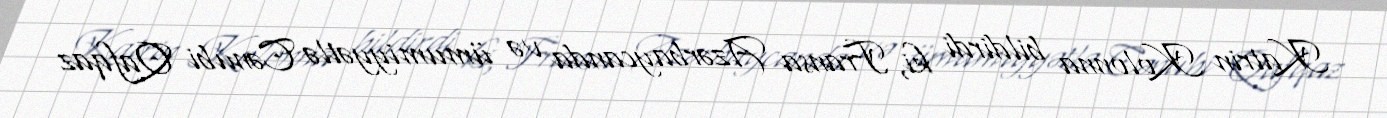
Katrin Kolonna bildirdi ki, Fransa Azərbaycanda və ümumiyyətlə Cənubi Qafqaz